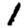
Digit: 1